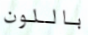
باللون